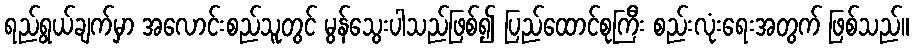
ရည်ရွယ်ချက်မှာ အလောင်းစည်သူတွင် မွန်သွေးပါသည်ဖြစ်၍ ပြည်ထောင်စုကြီး စည်းလုံးရေးအတွက် ဖြစ်သည်။